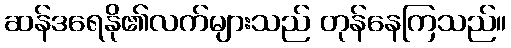
ဆန်ဒရေနို၏လက်များသည် တုန်နေကြသည်။